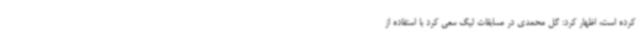
کرده است، اظهار کرد: گل محمدی در مسابقات لیگ سعی کرد با استفاده از